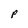
Character: P